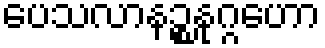
ပေသလာနဉ္စနုဂ္ဂဟော